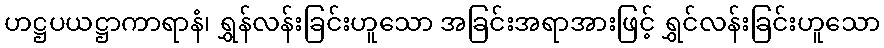
ဟဋ္ဌပယဋ္ဌာကာရာနံ၊ ရွှန်လန်းခြင်းဟူသော အခြင်းအရာအားဖြင့် ရွှင်လန်းခြင်းဟူသော